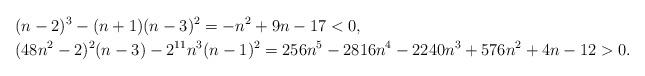
LaTeX: \begin{align*}&(n-2)^3-(n+1)(n-3)^2=-n^2 + 9n -17<0, \\&(48n^2-2)^2(n-3)-2^{11}n^3(n-1)^2=256 n^5 - 2816 n^4 - 2240 n^3 + 576 n^2 + 4 n - 12>0.\end{align*}